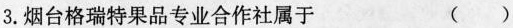
3.烟台格瑞特果品专业合作社属于 ()